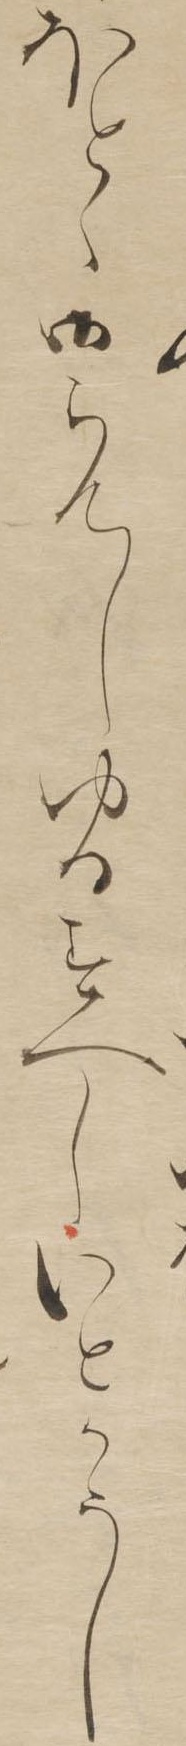
ほとゝ御らんしゆるすへしいとかうし